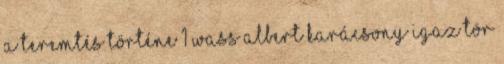
A TEREMTÉS TÖRTÉNE 1 WASS ALBERT KARÁCSONY IGAZ TÖR